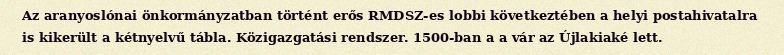
Az aranyoslónai önkormányzatban történt erős RMDSZ-es lobbi következtében a helyi postahivatalra is kikerült a kétnyelvű tábla. Közigazgatási rendszer. 1500-ban a a vár az Újlakiaké lett.